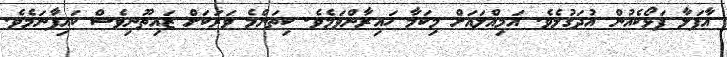
އާފަލާ ފަޅޯކެއުން އުދަގުލެވެ. އަމިއްލައަށް މިކަމާ ހައިރާންވަމެވެ. ކިތަންމެ ވަރަކަށް ޒައިތޫނިވެސް ކައިފާނަމެވެ.